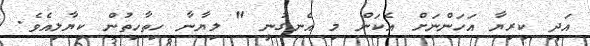
އަދި ކިރިޔާ އަހަންނަށް އެކަން މި އެނގުނީ " ލިޔާނާ ހިތާހިތުން ކިޔާލިއެވެ.